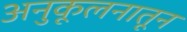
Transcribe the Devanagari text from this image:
अनुकूलनातून